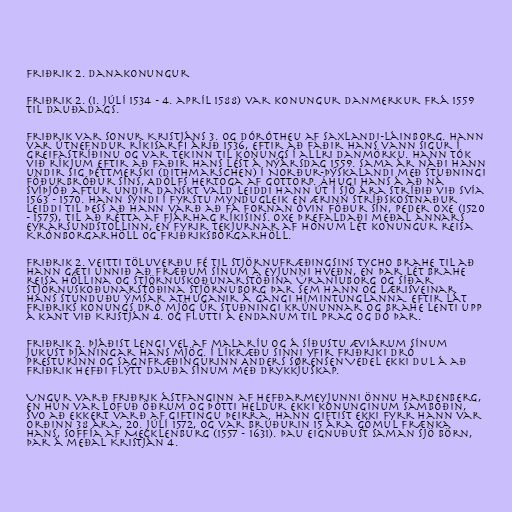
Friðrik 2. Danakonungur

Friðrik 2. (1. júlí 1534 - 4. apríl 1588) var konungur Danmerkur frá 1559
til dauðadags.

Friðrik var sonur Kristjáns 3. og Dórótheu af Saxlandi-Láinborg. Hann
var útnefndur ríkisarfi árið 1536, eftir að faðir hans vann sigur í
Greifastríðinu og var tekinn til konungs í allri Danmörku. Hann tók
við ríkjum eftir að faðir hans lést á nýársdag 1559. Sama ár náði hann
undir sig Þéttmerski (Dithmarschen) í Norður-Þýskalandi með stuðningi
föðurbróður síns, Adólfs hertoga af Gottorp. Áhugi hans á að ná
Svíþjóð aftur undir danskt vald leiddi hann út í Sjö ára stríðið við Svía
1563 - 1570. Hann sýndi í fyrstu myndugleik en ærinn stríðskostnaður
leiddi til þess að hann varð að fá fornan óvin föður sín, Peder Oxe (1520
- 1575), til að rétta af fjárhag ríkisins. Oxe þrefaldaði meðal annars
Eyrarsundstollinn, en fyrir tekjurnar af honum lét konungur reisa
Krónborgarhöll og Friðriksborgarhöll.

Friðrik 2. veitti töluverðu fé til stjörnufræðingsins Tycho Brahe til að
hann gæti unnið að fræðum sínum á eyjunni Hveðn, en þar lét Brahe
reisa höllina og stjörnuskoðunarstöðina Úraníuborg og síðar
stjörnuskoðunarstöðina Stjörnuborg þar sem hann og lærisveinar
hans stunduðu ýmsar athuganir á gangi himintunglanna. Eftir lát
Friðriks konungs dró mjög úr stuðningi krúnunnar og Brahe lenti upp
á kant við Kristján 4. og flutti á endanum til Prag og dó þar.

Friðrik 2. þjáðist lengi vel af malaríu og á síðustu æviárum sínum
jukust þjáningar hans mjög. Í líkræðu sinni yfir Friðriki dró
presturinn og sagnfræðingurinn Anders Sørensen Vedel ekki dul á að
Friðrik hefði flýtt dauða sínum með drykkjuskap.

Ungur varð Friðrik ástfanginn af hefðarmeyjunni Önnu Hardenberg,
en hún var lofuð öðrum og þótti heldur ekki konunginum samboðin,
svo að ekkert varð af giftingu þeirra. Hann giftist ekki fyrr hann var
orðinn 38 ára, 20. júlí 1572, og var brúðurin 15 ára gömul frænka
hans, Soffía af Mecklenburg (1557 - 1631). Þau eignuðust saman sjö börn,
þar á meðal Kristján 4.